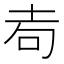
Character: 𡊦